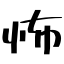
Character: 怖